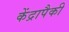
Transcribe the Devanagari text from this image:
केंद्रापैकी